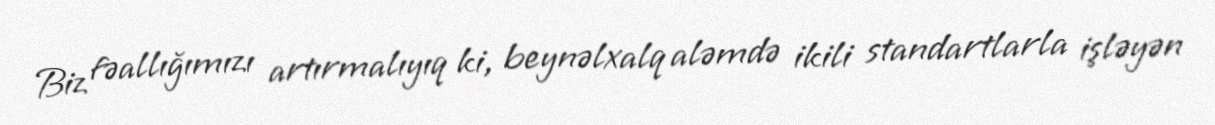
Biz fəallığımızı artırmalıyıq ki, beynəlxalq aləmdə ikili standartlarla işləyən